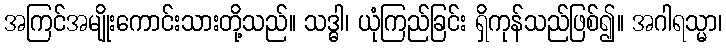
အကြင်အမျိုးကောင်းသားတို့သည်။ သဒ္ဓါ၊ ယုံကြည်ခြင်း ရှိကုန်သည်ဖြစ်၍။ အဂါရသ္မာ၊